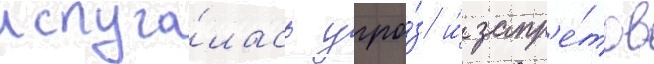
испуга́лась угро́з и́ запр'е́тов